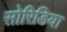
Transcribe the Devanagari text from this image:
सोरिडिया